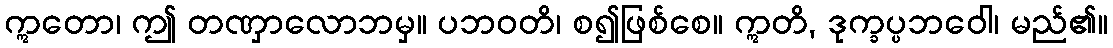
ဣတော၊ ဤ တဏှာလောဘမှ။ ပဘဝတိ၊ စ၍ဖြစ်စေ။ ဣတိ, ဒုက္ခပ္ပဘဝေါ၊ မည်၏။